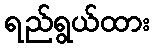
ရည်ရွယ်ထား